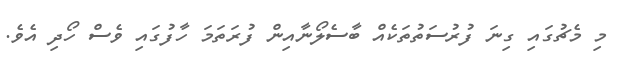
މި މެޗުގައި ގިނަ ފުރުސަތުތަކެއް ބާސެލޯނާއިން ފުރަތަމަ ހާފުގައި ވެސް ހޯދި އެވެ.